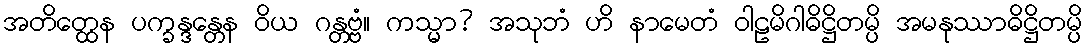
အတိတ္ထေန ပက္ခန္ဒန္တေန ဝိယ ဂန္တဗ္ဗံ။ ကသ္မာ? အသုဘံ ဟိ နာမေတံ ဝါဠမိဂါဓိဋ္ဌိတမ္ပိ အမနုဿာဓိဋ္ဌိတမ္ပိ